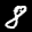
Label: 8